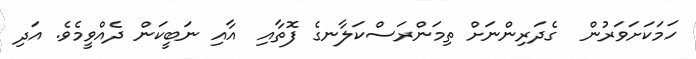
ހަމަކަށަވަރުން  ގެދަރިންނަށް ތިމަންރަސްކަލާނގެ ފޮތާއި  އާއި ނަބީކަން ދެއްވީމެވެ. އަދި